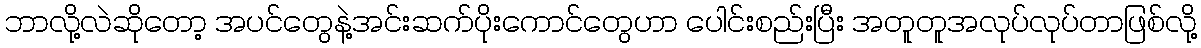
ဘာလို့လဲဆိုတော့ အပင်တွေနဲ့အင်းဆက်ပိုးကောင်တွေဟာ ပေါင်းစည်းပြီး အတူတူအလုပ်လုပ်တာဖြစ်လို့